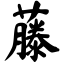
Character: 藤